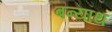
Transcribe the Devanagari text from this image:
बन्याथ